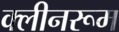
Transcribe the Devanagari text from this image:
क्लीनरूम